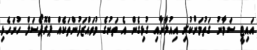
އައިޓީ ސަމާނު ގަތުމަށްކުރި އިއުލާނާއި ގުޅިގެން އެ ތަނުގެ މުވައްޒަފުންތަކެއް ޕްރޮޕޯސަލް ހުށަހެޅި